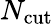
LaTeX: N_{\mathrm{cut}}